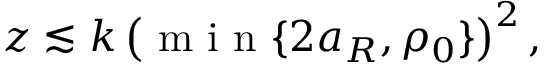
z \lesssim k \left( \mathrm { ~ m ~ i ~ n ~ } \{ 2 a _ { R } , \rho _ { 0 } \} \right) ^ { 2 } ,